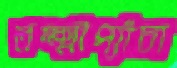
লক্ষ্মীপ্যাঁচা